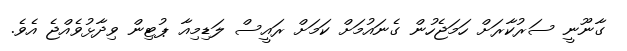
ގާނޫނީ ސަރުކާރަށް ހަމަޖެހުން ގެނައުމަށް ކަމަށް ރައީސް ލަޑިމިއާ ޕުޓިން ވިދާޅުވެއްޖެ އެވެ.